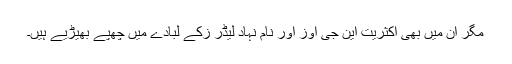
مگر ان میں بھی اکثریت این جی اوز اور نام نہاد لیڈر زکے لبادے میں چھپے بھیڑیے ہیں۔